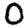
Digit: 0